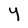
Character: Y